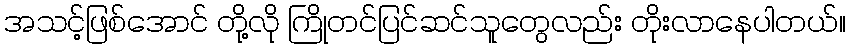
အသင့်ဖြစ်အောင် တို့လို ကြိုတင်ပြင်ဆင်သူတွေလည်း တိုးလာနေပါတယ်။